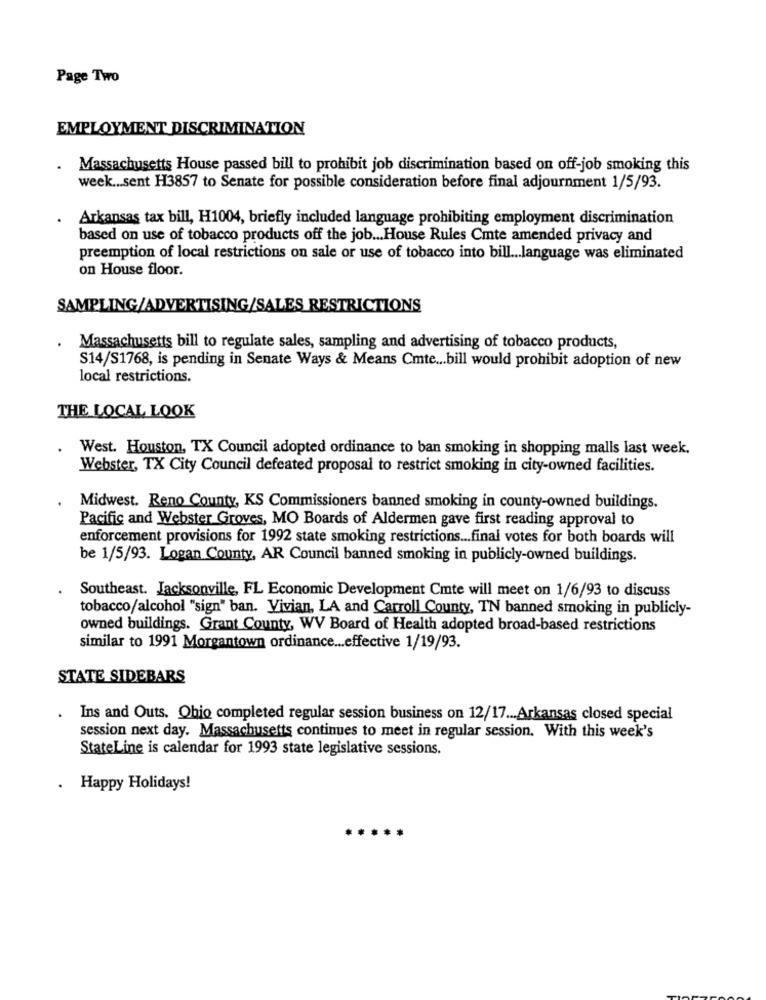
Page Two
EMPLOYMENT DISCRIMINATION
Massachusetts House passed bill to prohibit job discrimination based on off-job smoking this
week ... sent H3857 to Senate for possible consideration before final adjournment 1/5/93.
Arkansas tax bill, H1004, briefly included language prohibiting employment discrimination
based on use of tobacco products off the job ... House Rules Cmte amended privacy and
preemption of local restrictions on sale or use of tobacco into bill ... language was eliminated
on House floor.
SAMPLING/ADVERTISING/SALES RESTRICTIONS
Massachusetts bill to regulate sales, sampling and advertising of tobacco products,
S14/S1768, is pending in Senate Ways & Means Cmte ... bill would prohibit adoption of new
local restrictions.
THE LOCAL LOOK
West. Houston, TX Council adopted ordinance to ban smoking in shopping malls last week.
Webster, TX City Council defeated proposal to restrict smoking in city-owned facilities.
Midwest. Reno County, KS Commissioners banned smoking in county-owned buildings.
Pacific and Webster Groves, MO Boards of Aldermen gave first reading approval to
enforcement provisions for 1992 state smoking restrictions ... final votes for both boards will
be 1/5/93. Logan County, AR Council banned smoking in publicly-owned buildings.
Southeast. Jacksonville, FL Economic Development Cmte will meet on 1/6/93 to discuss
tobacco/alcohol "sign" ban. Vivian, LA and Carroll County, TN banned smoking in publicly-
owned buildings. Grant County, WV Board of Health adopted broad-based restrictions
similar to 1991 Morgantown ordinance ... effective 1/19/93.
STATE SIDEBARS
. Ins and Outs. Ohio completed regular session business on 12/17 ... Arkansas closed special
session next day. Massachusetts continues to meet in regular session. With this week's
StateLine is calendar for 1993 state legislative sessions.
Happy Holidays!